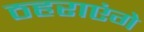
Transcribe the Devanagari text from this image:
ठहराएंगे